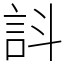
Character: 䚵